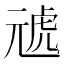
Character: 𭀪